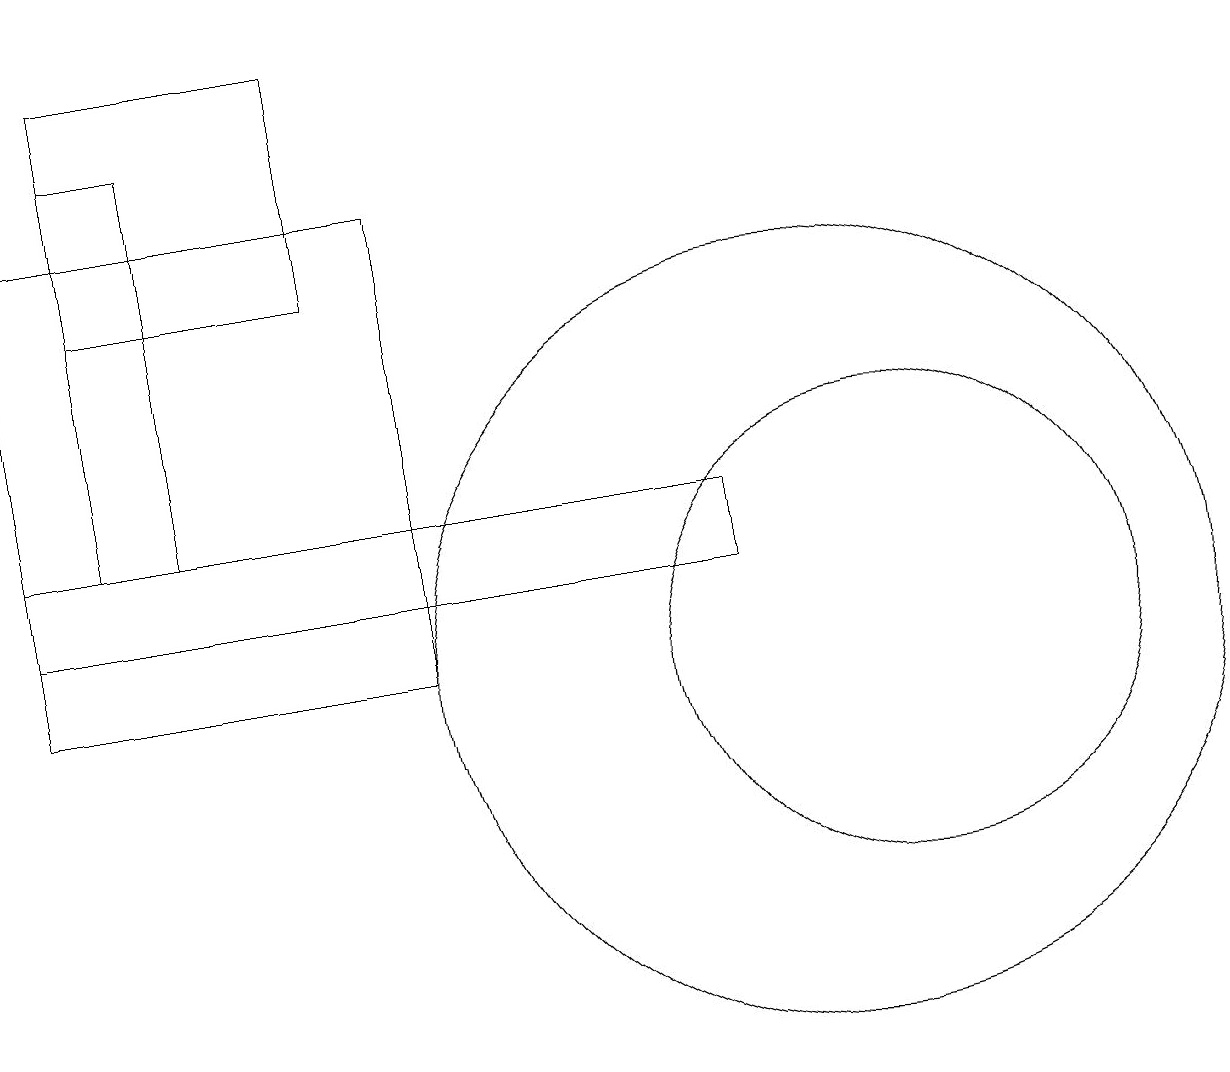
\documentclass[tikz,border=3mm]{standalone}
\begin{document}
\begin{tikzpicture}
\draw (0,16) rectangle (5,10);
\draw (9,11) rectangle (0,12);
\draw (11,10) circle (0);
\draw (1,17) rectangle (2,12);
\draw (4,15) rectangle (1,18);
\draw (11,10) circle (3);
\draw (10,10) circle (5);
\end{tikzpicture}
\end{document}